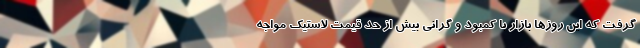
گرفت که این روزها بازار با کمبود و گرانی بیش از حد قیمت لاستیک مواجه